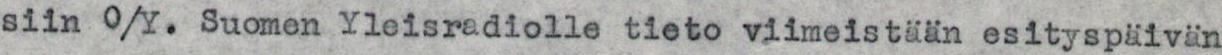
siin O/Y. Suomen Yleisradiolle tieto viimeistään esityspäivän